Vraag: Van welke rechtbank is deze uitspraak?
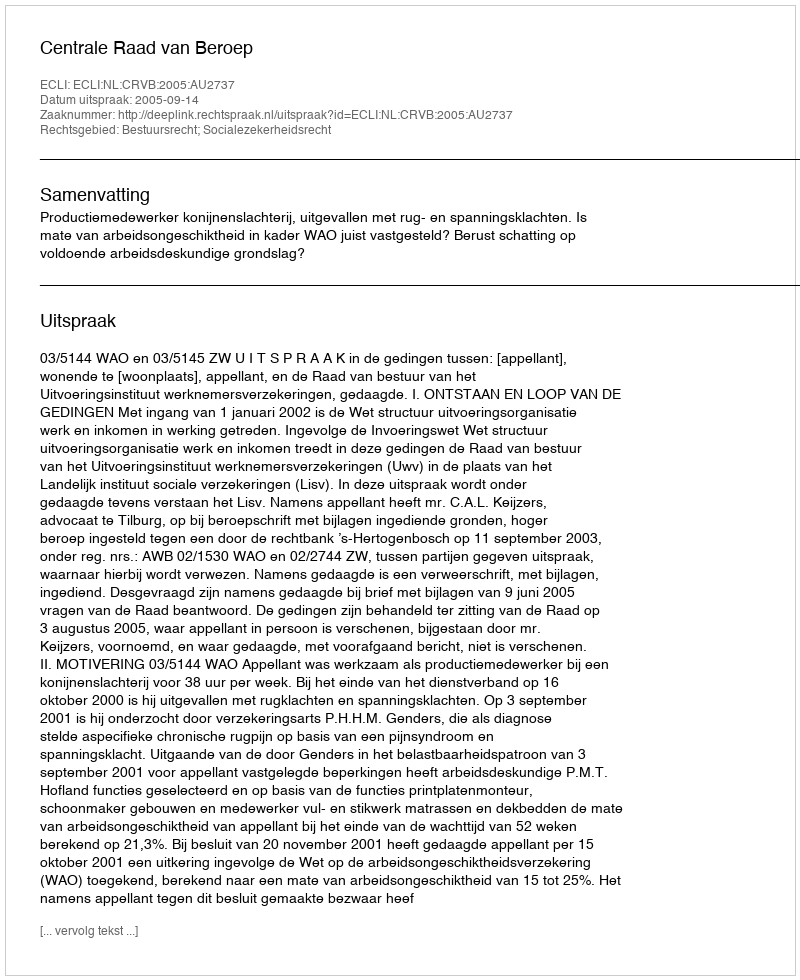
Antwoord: Centrale Raad van Beroep